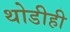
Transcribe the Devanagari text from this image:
थोडीही